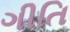
ગીતિ